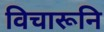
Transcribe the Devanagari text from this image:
विचारूनि